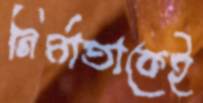
নির্মাতাকেই